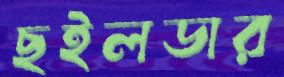
ছইলডার